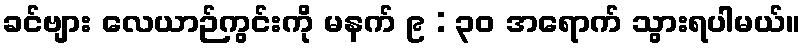
ခင်ဗျား လေယာဉ်ကွင်းကို မနက် ၉ : ၃၀ အရောက် သွားရပါမယ်။